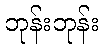
ဘုန်းဘုန်း